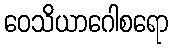
ဝေသိယာဂေါစရော